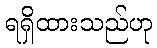
ရရှိထားသည်ဟု